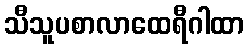
သီသူပစာလာထေရီဂါထာ